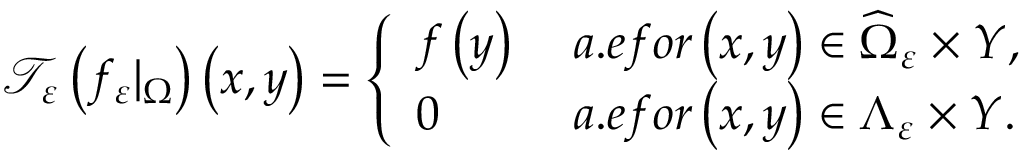
\mathcal { T } _ { \varepsilon } \left( f _ { \varepsilon } | _ { \Omega } \right) \left( x , y \right) = \left\{ \begin{array} { l l } { f \left( y \right) } & { \; a . e f o r \left( x , y \right) \in \widehat { \Omega } _ { \varepsilon } \times Y , } \\ { 0 } & { \; a . e f o r \left( x , y \right) \in \Lambda _ { \varepsilon } \times Y . } \end{array} \right.